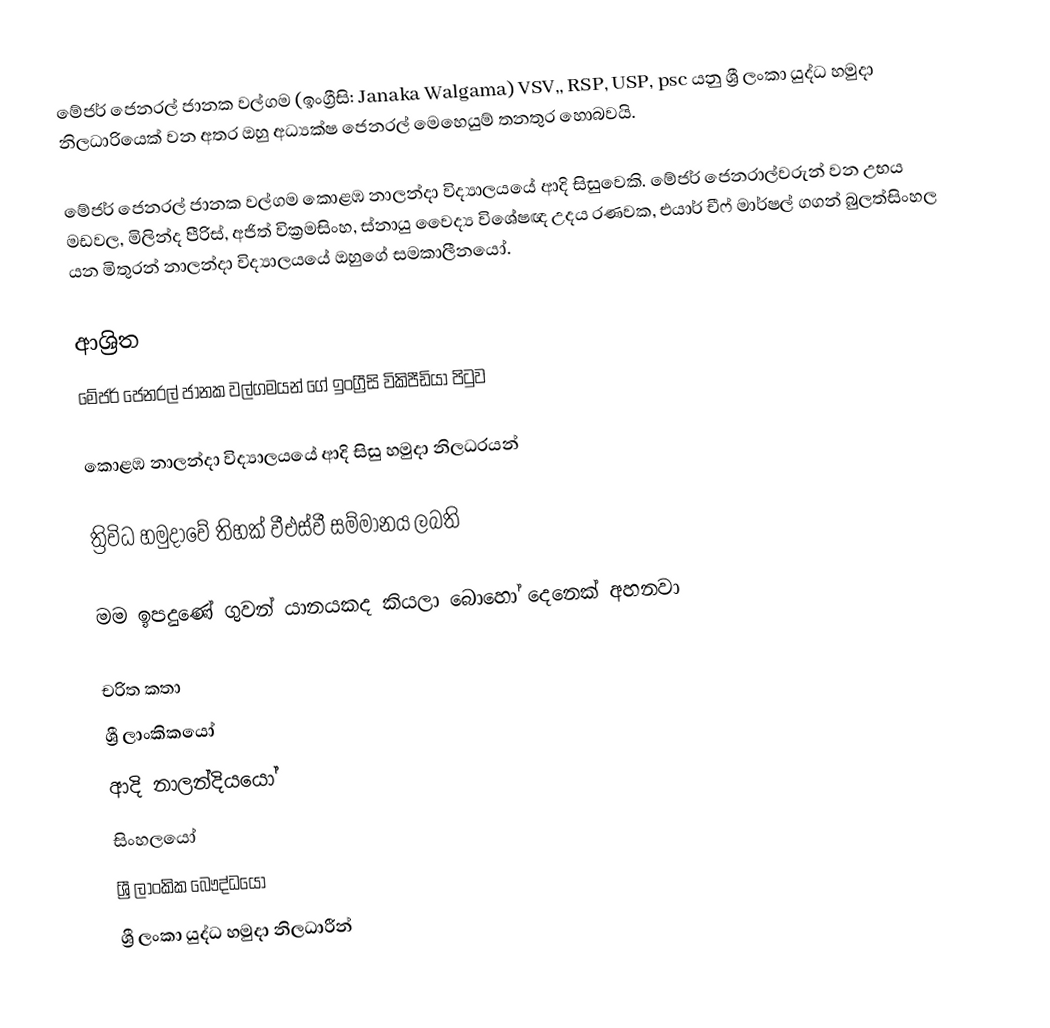
මේජර් ජෙනරල් ජානක වල්ගම (ඉංග්‍රීසි: Janaka Walgama)  VSV,, RSP, USP, psc යනු  ශ්‍රී ලංකා යුද්ධ හමුදා නිලධාරියෙක් වන අතර ඔහු අධ්‍යක්ෂ ජෙනරල් මෙහෙයුම් තනතුර හොබවයි.

මේජර් ජෙනරල් ජානක වල්ගම  කොළඹ නාලන්දා විද්‍යාලයයේ ආදි සිසුවෙකි. මේජර් ජෙනරාල්වරුන් වන උභය මඩවල,  මිලින්ද පීරිස්, අජිත් වික්‍රමසිංහ, ස්නායු වෛද්‍ය විශේෂඥ උදය රණවක, එයාර් චීෆ් මාර්ෂල් ගගන් බුලත්සිංහල යන මිතුරන්  නාලන්දා විද්‍යාලයයේ ඔහුගේ සමකාලීනයෝ.

ආශ්‍රිත
  මේජර් ජෙනරල් ජානක වල්ගමයන් ගේ ඉංග්‍රීසි විකිපීඩියා පිටුව

 කොළඹ නාලන්දා විද්‍යාලයයේ ආදි සිසු හමුදා නිලධරයන්

 ත්‍රිවිධ හමුදාවේ තිහක් වීඑස්වී සම්මානය ලබති

 මම ඉපදුණේ ගුවන් යානයකද කියලා බොහෝ දෙනෙක් අහනවා

චරිත කතා
ශ්‍රී ලාංකිකයෝ
ආදි නාලන්දියයෝ
සිංහලයෝ
ශ්‍රී ලාංකික බෞද්ධයෝ
ශ්‍රී ලංකා යුද්ධ හමුදා නිලධාරීන්